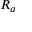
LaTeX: \scriptstyle { R _ { a } }